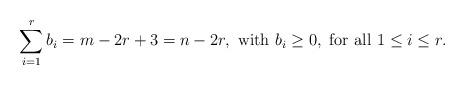
LaTeX: \begin{align*} \sum_{i=1}^rb_i=m-2r+3=n-2r,\ \mbox{with}\ b_i\ge 0,\ \mbox{for all}\ 1\le i\le r.\end{align*}